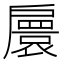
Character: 𢩠